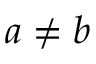
a \ne b